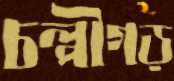
চল্পীগড়